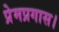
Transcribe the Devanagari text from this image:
प्रेमप्रगास।